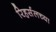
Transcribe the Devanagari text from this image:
रिहर्सलच्या